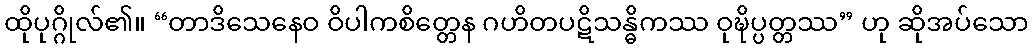
ထိုပုဂ္ဂိုလ်၏။ “တာဒိသေနေဝ ဝိပါကစိတ္တေန ဂဟိတပဋိသန္ဓိကဿ ဝုဍ္ဎိပ္ပတ္တဿ” ဟု ဆိုအပ်သော